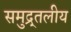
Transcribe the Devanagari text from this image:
समुद्र्तलीय